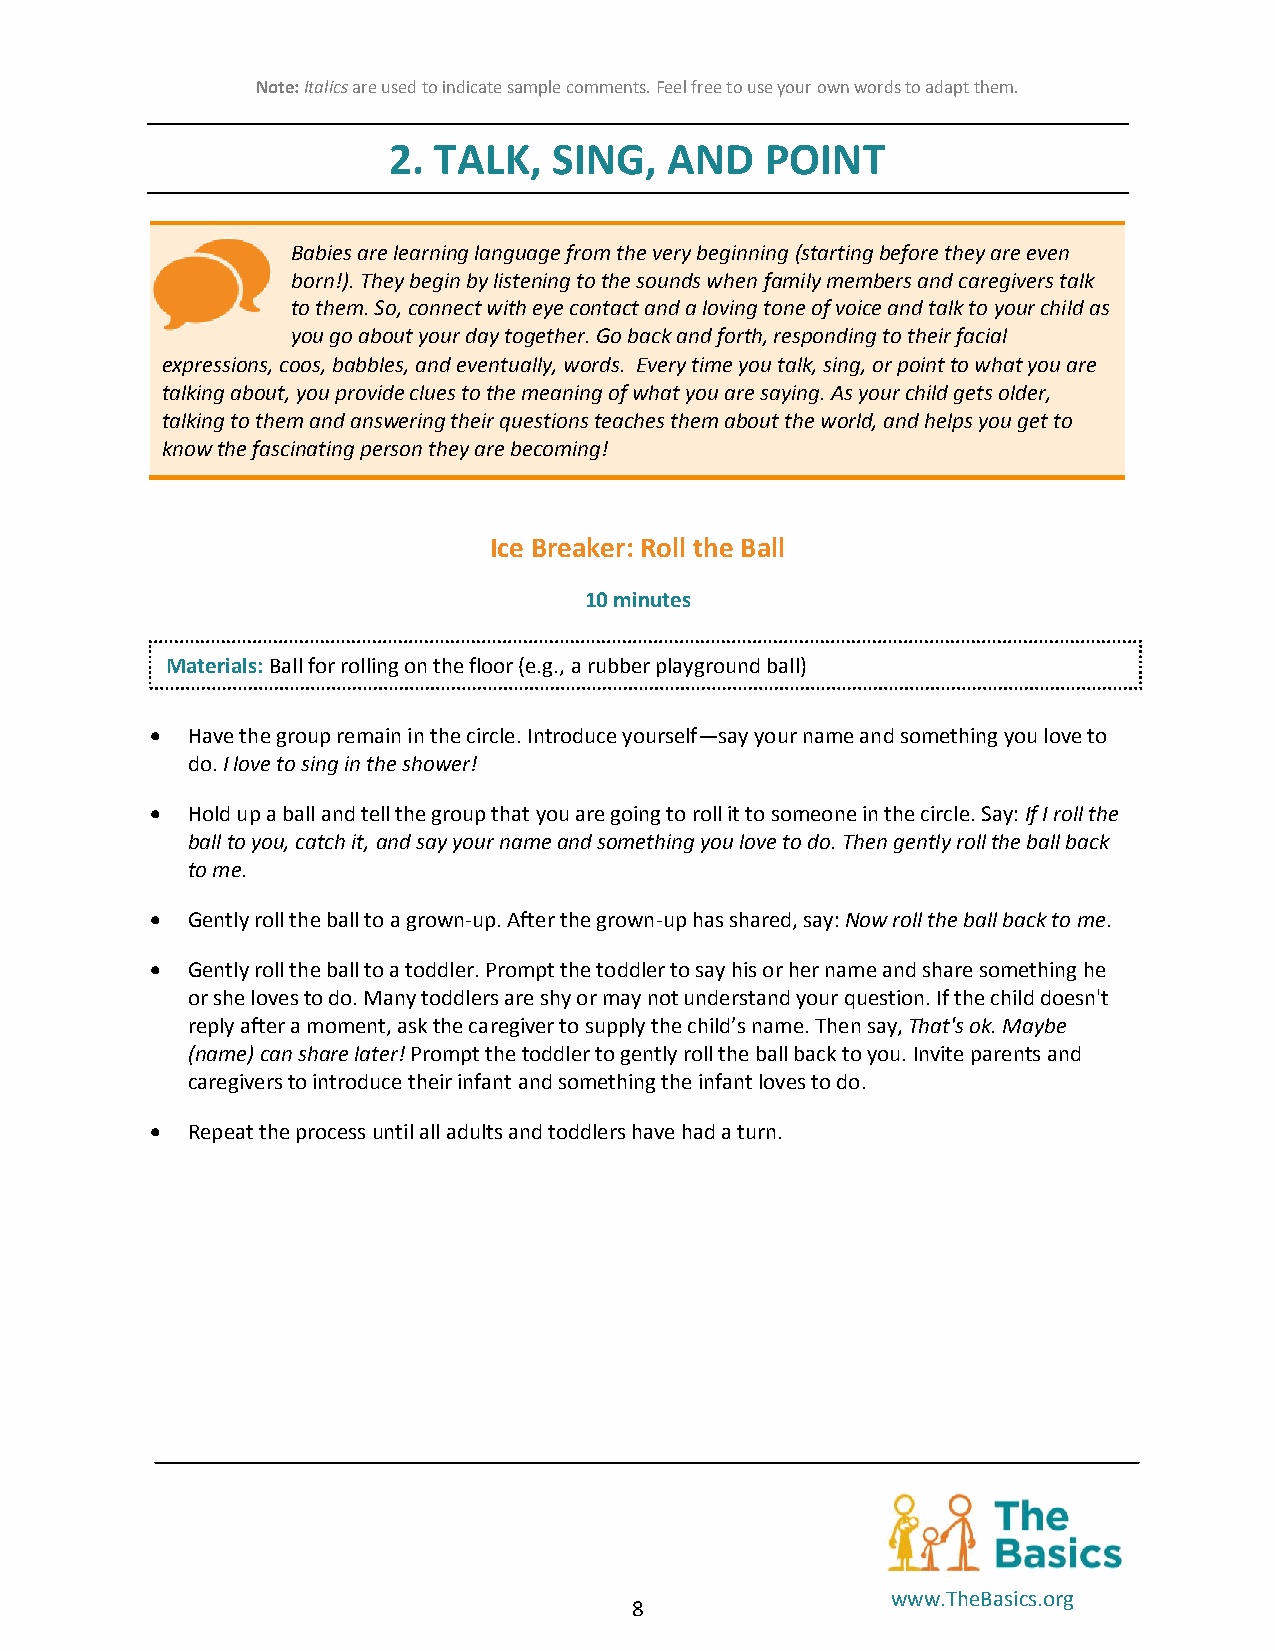
Note: Italics are used to indicate sample comments. Feel free to use your own words to adapt them.
 2. TALK,   SING,  AND    POINT
 Babies are learning language from the very beginning (starting before they are even
 born!). They begin by listening to the sounds when family members and caregivers talk
 to them. So, connect with eye contact and a loving tone of voice and talk to your child as
 you go about your day together. Go back and forth, responding to their facial
 expressions, coos, babbles, and eventually, words. Every time you talk, sing, or point to what you are
 talking about, you provide clues to the meaning of what you are saying. As your child gets older,
 talking to them and answering their questions teaches them about the world, and helps you get to
 know the fascinating person they are becoming!
 Ice Breaker: Roll the Ball
 10 minutes
 Materials: Ball for rolling on the floor (e.g., a rubber playground ball)
  Have the group remain in the circle. Introduce yourself—say your name and something you love to
 do. I love to sing in the shower!
  Hold up a ball and tell the group that you are going to roll it to someone in the circle. Say: If I roll the
 ball to you, catch it, and say your name and something you love to do. Then gently roll the ball back
 to me.
  Gently roll the ball to a grown-up. After the grown-up has shared, say: Now roll the ball back to me.
  Gently roll the ball to a toddler. Prompt the toddler to say his or her name and share something he
 or she loves to do. Many toddlers are shy or may not understand your question. If the child doesn't
 reply after a moment, ask the caregiver to supply the child’s name. Then say, That's ok. Maybe
 (name) can share later! Prompt the toddler to gently roll the ball back to you. Invite parents and
 caregivers to introduce their infant and something the infant loves to do.
  Repeat the process until all adults and toddlers have had a turn.
 www.TheBasics.org
 8